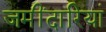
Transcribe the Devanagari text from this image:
जमींदारियां